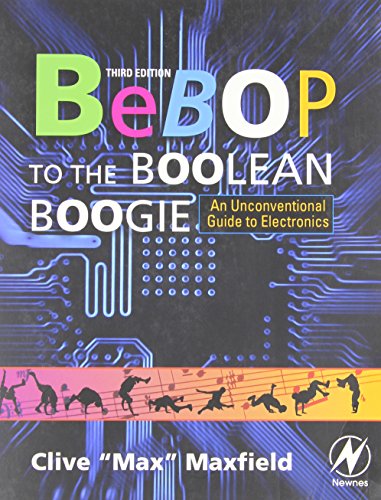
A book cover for Bebop to the Boolean Boogie, Third Edition: An Unconventional Guide to Electronics; Clive Maxfield; Business & Money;